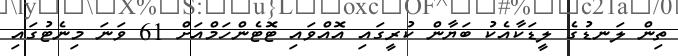
ތިން ލަނޑުގެ ލީޑަކާއެކު ބަޔާން ކުރީގައި އޮއްވައި ޓޮޓެންހަމްއަށް 61 ވަނަ މިނެޓުގައި